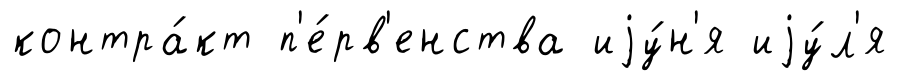
контра́кт п'е́рв'енства иjу́н'я иjу́л'я